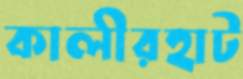
কালীরহাট